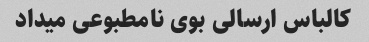
کالباس ارسالی بوی نامطبوعی میداد